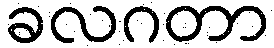
ခလဂတာ